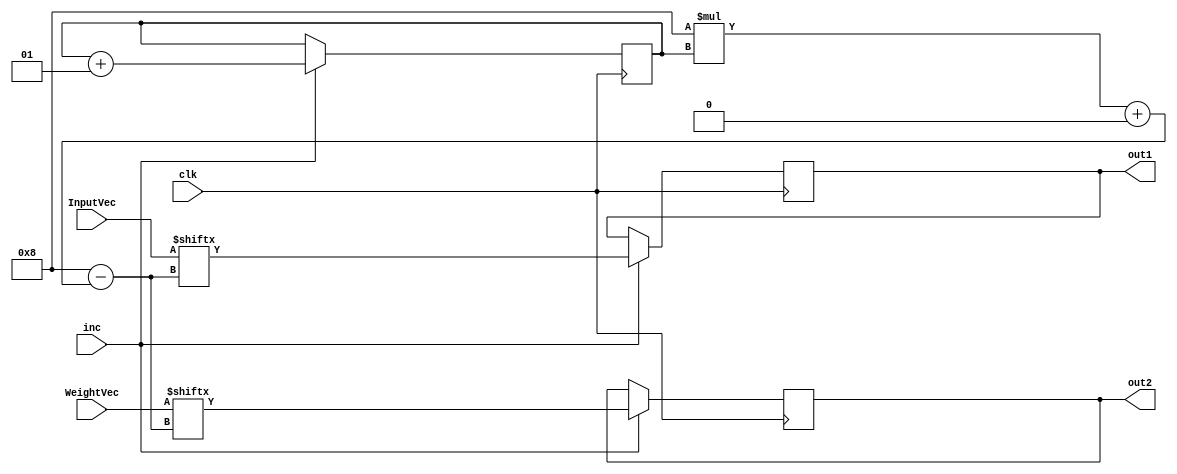
`timescale 1ns / 1ps
//////////////////////////////////////////////////////////////////////////////////
// Company: 
// Engineer: 
// 
// Design Name: 
// Module Name:    InputSelection 
// Project Name: 
// Target Devices: 
// Tool versions: 
// Description: 
//
// Dependencies: 
//
// Revision: 
// Revision 0.01 - File Created
// Additional Comments: 
//
//////////////////////////////////////////////////////////////////////////////////
module InputSelection#(parameter n = 2)(
		input clk,
		input inc,
		input[0:8*n-1] InputVec,
		input[0:8*n-1] WeightVec,
		output reg[7:0] out1,out2
    );
	 initial begin
		out1 = 8'b0;
		out2 = 8'b0;
	 end
	integer count = 0;
	always@(posedge clk)begin
		if(inc)begin
			out1 = InputVec[8*count +:8];
			out2 = WeightVec[8*count +:8];
			count = count + 1;
		end
	end

endmodule